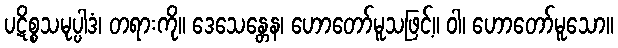
ပဋိစ္စသမုပ္ပါဒံ၊ တရားကို။ ဒေသေန္တေန၊ ဟောတော်မူသဖြင့်။ ဝါ၊ ဟောတော်မူသော။